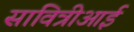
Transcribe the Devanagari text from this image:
सावित्रीआई